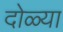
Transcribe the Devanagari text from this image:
दोळ्या